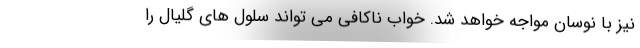
نیز با نوسان مواجه خواهد شد. خواب ناکافی می تواند سلول های گلیال را